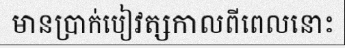
មានប្រាក់បៀវត្សកាលពីពេលនោះ